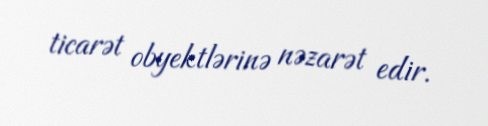
ticarət obyektlərinə nəzarət edir.